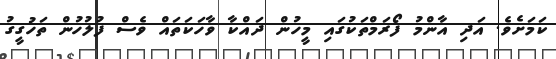
ކަމަށެވެ. އަދި އާންމު ފޯރަމްތަކުގައި މީހުން ދައްކާ ވާހަކަތައް ވެސް ފުލުހުން ތަހުގީގު